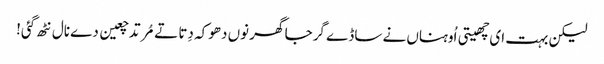
لیکن بہت ای چھیتی اُوہناں نے ساڈے گرجا گھر نوں دھوکہ دِتا تے مُرتد چعین دے نال نٹھ گئی!